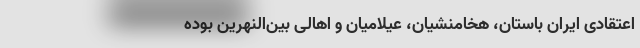
اعتقادی ایران باستان، هخامنشیان، عیلامیان و اهالی بین‌النهرین بوده